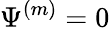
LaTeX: \Psi^{(m)}=0